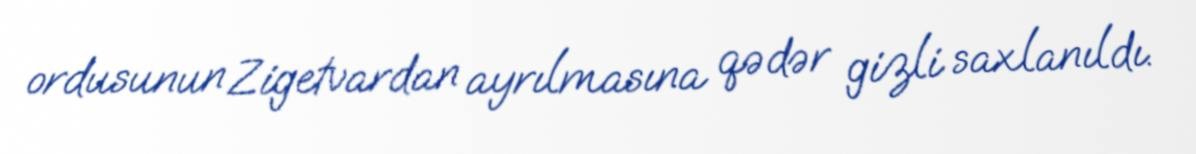
ordusunun Zigetvardan ayrılmasına qədər gizli saxlanıldı.